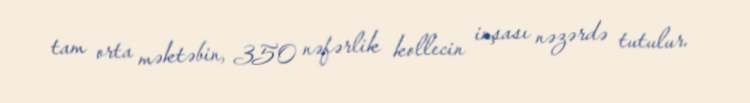
tam orta məktəbin, 350 nəfərlik kollecin inşası nəzərdə tutulur.